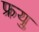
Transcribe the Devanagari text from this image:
फ्रयु